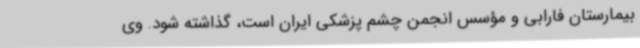
بیمارستان فارابی و مؤسس انجمن چشم پزشکی ایران است، گذاشته شود. وی